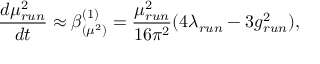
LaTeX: \frac { d \mu _ { r u n } ^ { 2 } } { d t } \approx \beta _ { ( \mu ^ { 2 } ) } ^ { ( 1 ) } = \frac { \mu _ { r u n } ^ { 2 } } { 1 6 \pi ^ { 2 } } ( 4 \lambda _ { r u n } - 3 g _ { r u n } ^ { 2 } ) ,